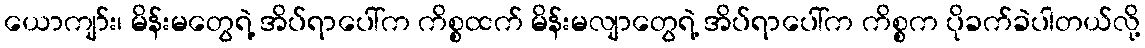
ယောကျာ်း၊ မိန်းမတွေရဲ့ အိပ်ရာပေါ်က ကိစ္စထက် မိန်းမလျာတွေရဲ့ အိပ်ရာပေါ်က ကိစ္စက ပိုခက်ခဲပါတယ်လို့